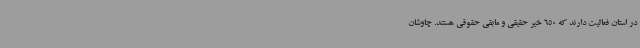
در استان فعالیت دارند که 650 خیر حقیقی و مابقی حقوقی هستند. چاوشان